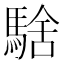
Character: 騇